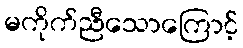
မကိုက်ညီသောကြောင့်